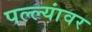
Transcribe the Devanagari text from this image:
पल्ल्यांवर